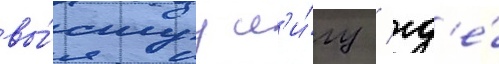
вы́сшуу л'и́гу / гд'е́